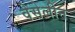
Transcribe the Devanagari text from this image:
वेसेलीन